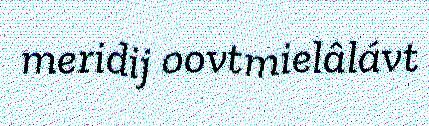
meridij oovtmielâlávt